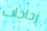
زجاجات